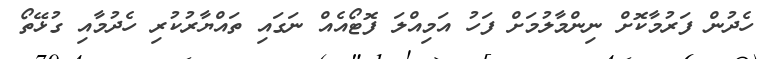
ހެދުން ފަރުމާކޮށް ނިންމާލުމަށް ފަހު އަމިއްލަ ފޮޓޯއެއް ނަގައި ތައްޔާރުކުރި ހެދުމާއި ގުޅޭތޯ